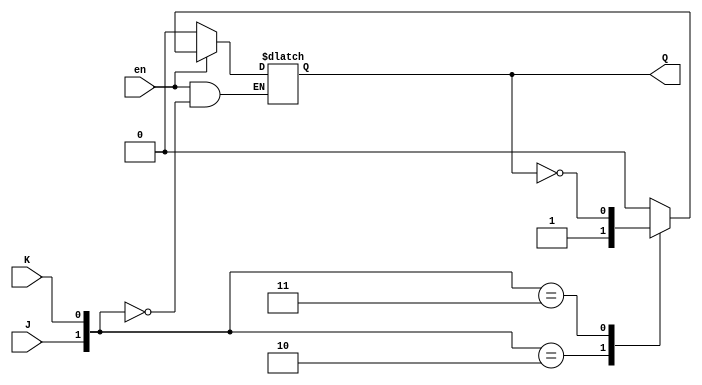
`timescale 1ns / 1ps

module JK_latch(en,J,K,Q);
input en,J,K;
output reg Q;

always@(en or J or K) begin
if(en)
case({J,K})
2'b00:Q<=Q;
2'b01:Q<=1'b0;
2'b10:Q<=1'b1;
2'b11:Q<=~Q;
endcase
else
Q<=1'b0;
end
endmodule